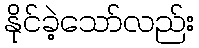
နိုင်ခဲ့သော်လည်း